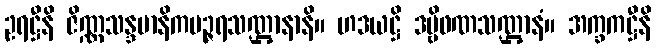
ဥရဋ္ဌီနိ ဇိဏ္ဏသန္ဒမာနိကပဉ္ဇရသဏ္ဌာနာနိ။ ဟဒယဋ္ဌိ ဒဗ္ဗိဖဏသဏ္ဌာနံ။ အက္ခကဋ္ဌီနိ